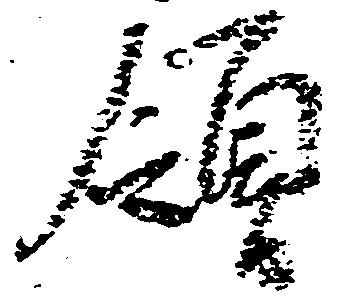
領